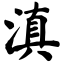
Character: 滇